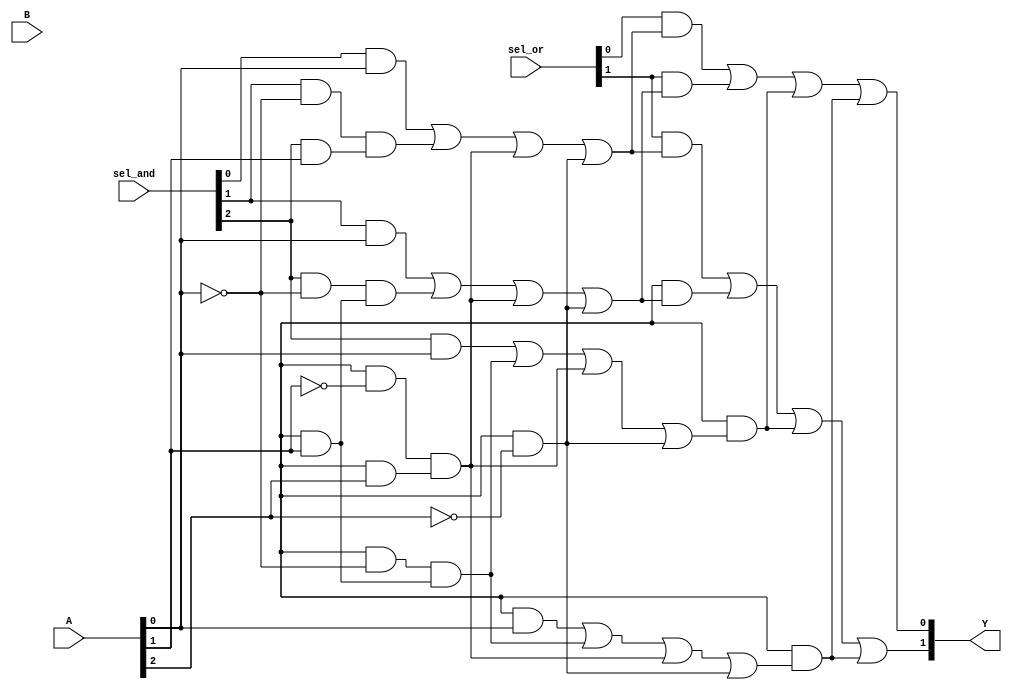
module PLA (
    input wire [N-1:0] A,      // Input signals (N inputs)
    input wire [M-1:0] B,      // Additional input signals (M inputs)
    input wire [N+M-1:0] sel_and, // Select signals for AND plane
    input wire [P-1:0] sel_or, // Select signals for OR plane
    output wire [Q-1:0] Y      // Output signals (Q outputs)
);
    parameter N = 3;           // Number of inputs
    parameter M = 0;           // Number of additional inputs
    parameter P = 2;           // Number of OR gates
    parameter Q = 2;           // Number of outputs
    parameter AND_TERMS = 4;   // Number of AND gates

    wire [AND_TERMS-1:0] and_out; // Outputs from AND gates
    wire [Q-1:0] or_out;          // Outputs from OR gates

    // AND Plane
    generate
        genvar i;
        for (i = 0; i < AND_TERMS; i = i + 1) begin : and_plane
            assign and_out[i] = (sel_and[i] & A[0]) | (sel_and[i + 1] & ~A[0]) & 
                                (sel_and[i + 2] & A[1]) | (sel_and[i + 3] & ~A[1]) &
                                (sel_and[i + 4] & A[2]) | (sel_and[i + 5] & ~A[2]);
        end
    endgenerate

    // OR Plane
    generate
        genvar j;
        for (j = 0; j < Q; j = j + 1) begin : or_plane
            assign Y[j] = (sel_or[j] & and_out[0]) | (sel_or[j + 1] & and_out[1]) |
                           (sel_or[j + 2] & and_out[2]) | (sel_or[j + 3] & and_out[3]);
        end
    endgenerate

endmodule